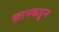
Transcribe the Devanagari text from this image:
खानकडून